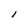
Character: 1